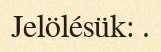
Jelölésük: .